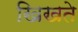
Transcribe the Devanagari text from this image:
खिखते